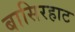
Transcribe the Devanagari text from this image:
बासिरहाट